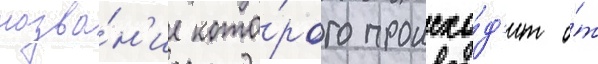
назва́н'ие кото́рого происхо́д'ит о́т